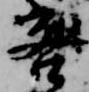
咎